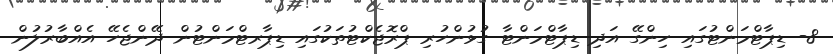
8- ޑިޕާޓްމަންޓުގައި ހިންގޭ އަދި ޑިޕާޓްމަންޓާ ގުޅުންހުރި ޕްރޮޖެކްޓުތަކުގައި ޑިޕާރޓްމަންޓުން ދޭންޖެހޭ އެއްބާރުލުން